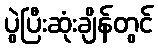
ပွဲပြီးဆုံးချိန်တွင်